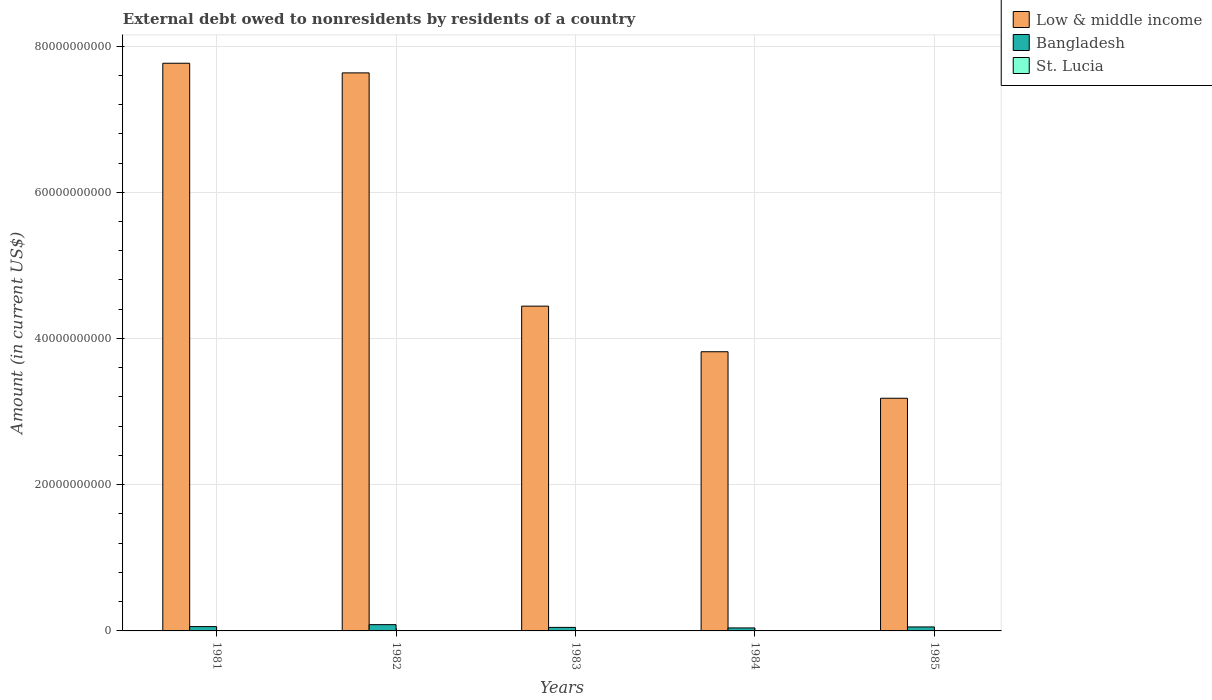
| Years | Low & middle income | Bangladesh | St. Lucia |
 | --- | --- | --- | --- |
 | 1981 | 7.76e+10 | 5.9e+08 | 1.84e+06 |
 | 1982 | 7.63e+10 | 8.58e+08 | 1.9e+06 |
 | 1983 | 4.44e+10 | 4.81e+08 | 2.05e+06 |
 | 1984 | 3.82e+10 | 4.1e+08 | 3.34e+06 |
 | 1985 | 3.18e+10 | 5.45e+08 | 3.25e+06 |